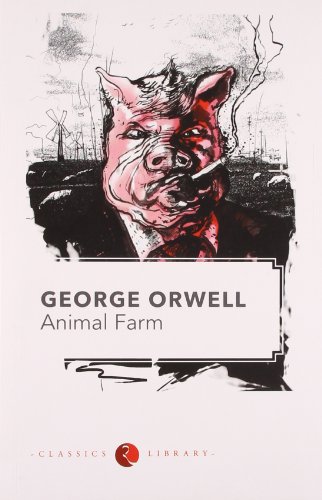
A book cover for Animal Farm; George Orwell; Literature & Fiction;